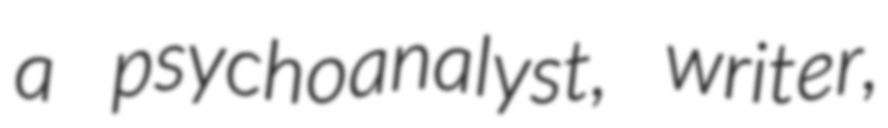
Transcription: a psychoanalyst, writer,